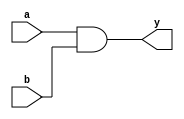
//and
module and_gate(a,b,y);
    input a, b;
    output y;
    
    assign y = a & b;
endmodule

//or
module or_gate(a,b,y);
    input a, b;
    output y;
    
    assign y = a | b;
endmodule

//not
module not_gate(a,y);
    input a;
    output y;
    
    assign y = ~a;
endmodule